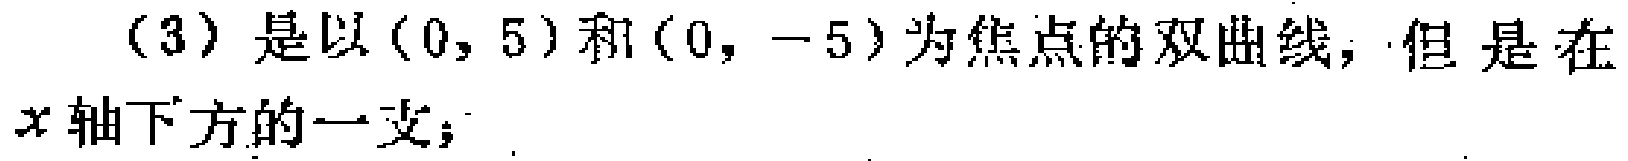
（3）是以\((0,5)\)和\((0,-5)\)为焦点的双曲线，但是在\(x\)轴下方的一支；